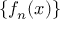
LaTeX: \{ f _ { n } ( x ) \}